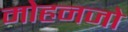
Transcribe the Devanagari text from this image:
मोहनजो